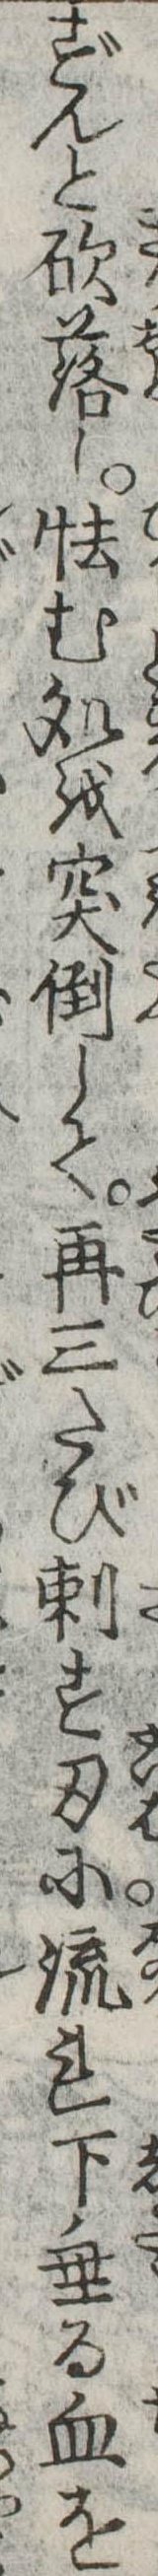
ずんと砍落し怯む処を突倒して再三たび刺す刃に流れ下垂る血を